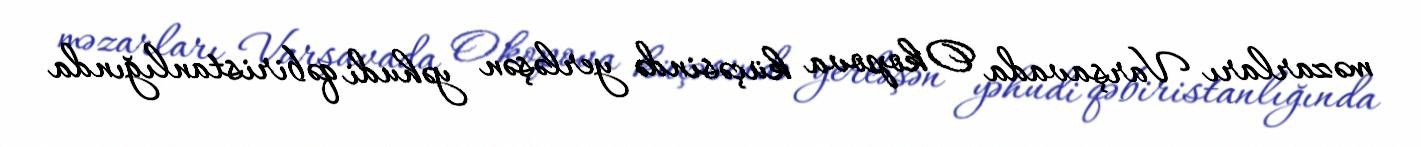
məzarları Varşavada Okopova küçəsində yerləşən yəhudi qəbiristanlığında